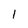
Character: 1